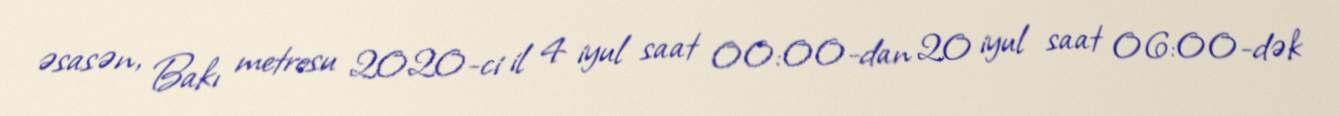
əsasən, Bakı metrosu 2020-ci il 4 iyul saat 00:00-dan 20 iyul saat 06:00-dək